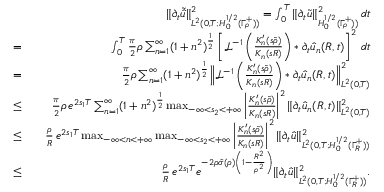
\begin{array} { r l r } & { } & { \| \partial _ { t } \tilde { \hat { u } } \| _ { L ^ { 2 } ( 0 , T ; H _ { 0 } ^ { 1 / 2 } ( \Gamma _ { \rho } ^ { + } ) ) } ^ { 2 } = \int _ { 0 } ^ { T } \| \partial _ { t } \tilde { u } \| _ { H _ { 0 } ^ { 1 / 2 } ( \Gamma _ { \rho } ^ { + } ) ) } ^ { 2 } \, d t } \\ { = } & { } & { \int _ { 0 } ^ { T } \frac { \pi } { 2 } \rho \sum _ { n = 1 } ^ { \infty } ( 1 + n ^ { 2 } ) ^ { \frac { 1 } { 2 } } \left[ \mathscr { L } ^ { - 1 } \left( \frac { K _ { n } ^ { \prime } ( s \tilde { \rho } ) } { K _ { n } ( s R ) } \right) * \partial _ { t } \hat { u } _ { n } ( R , t ) \right] ^ { 2 } \, d t } \\ { = } & { } & { \frac { \pi } { 2 } \rho \sum _ { n = 1 } ^ { \infty } ( 1 + n ^ { 2 } ) ^ { \frac { 1 } { 2 } } \Big \| \mathscr { L } ^ { - 1 } \left( \frac { K _ { n } ^ { \prime } ( s \tilde { \rho } ) } { K _ { n } ( s R ) } \right) * \partial _ { t } \hat { u } _ { n } ( R , t ) \Big \| _ { L ^ { 2 } ( 0 , T ) } ^ { 2 } } \\ { \leq } & { } & { \frac { \pi } { 2 } \rho \, e ^ { 2 s _ { 1 } T } \sum _ { n = 1 } ^ { \infty } ( 1 + n ^ { 2 } ) ^ { \frac { 1 } { 2 } } \operatorname* { m a x } _ { - \infty < s _ { 2 } < + \infty } \left| \frac { K _ { n } ^ { \prime } ( s \tilde { \rho } ) } { K _ { n } ( s R ) } \right| ^ { 2 } \| \partial _ { t } \hat { u } _ { n } ( R , t ) \| _ { L ^ { 2 } ( 0 , T ) } ^ { 2 } } \\ { \leq } & { } & { \frac { \rho } { R } \, e ^ { 2 s _ { 1 } T } \operatorname* { m a x } _ { - \infty < n < + \infty } \operatorname* { m a x } _ { - \infty < s _ { 2 } < + \infty } \left| \frac { K _ { n } ^ { \prime } ( s \tilde { \rho } ) } { K _ { n } ( s R ) } \right| ^ { 2 } \| \partial _ { t } \hat { u } \| _ { L ^ { 2 } ( 0 , T ; H _ { 0 } ^ { 1 / 2 } ( \Gamma _ { R } ^ { + } ) ) } ^ { 2 } } \\ { \leq } & { } & { \frac { \rho } { R } \, e ^ { 2 s _ { 1 } T } e ^ { - 2 \rho \hat { \sigma } ( \rho ) \left( 1 - \frac { R ^ { 2 } } { \rho ^ { 2 } } \right) } \| \partial _ { t } \hat { u } \| _ { L ^ { 2 } ( 0 , T ; H _ { 0 } ^ { 1 / 2 } ( \Gamma _ { R } ^ { + } ) ) } ^ { 2 } . } \end{array}